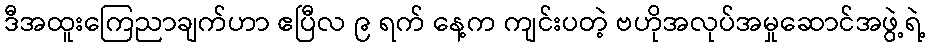
ဒီအထူးကြေညာချက်ဟာ ဧပြီလ ၉ ရက် နေ့က ကျင်းပတဲ့ ဗဟိုအလုပ်အမှုဆောင်အဖွဲ့ရဲ့